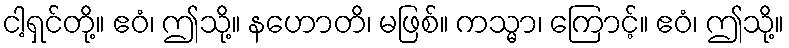
ငါ့ရှင်တို့။ ဧဝံ၊ ဤသို့။ နဟောတိ၊ မဖြစ်။ ကသ္မာ၊ ကြောင့်။ ဧဝံ၊ ဤသို့။